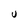
Character: U